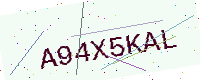
Text: A94X5KAL